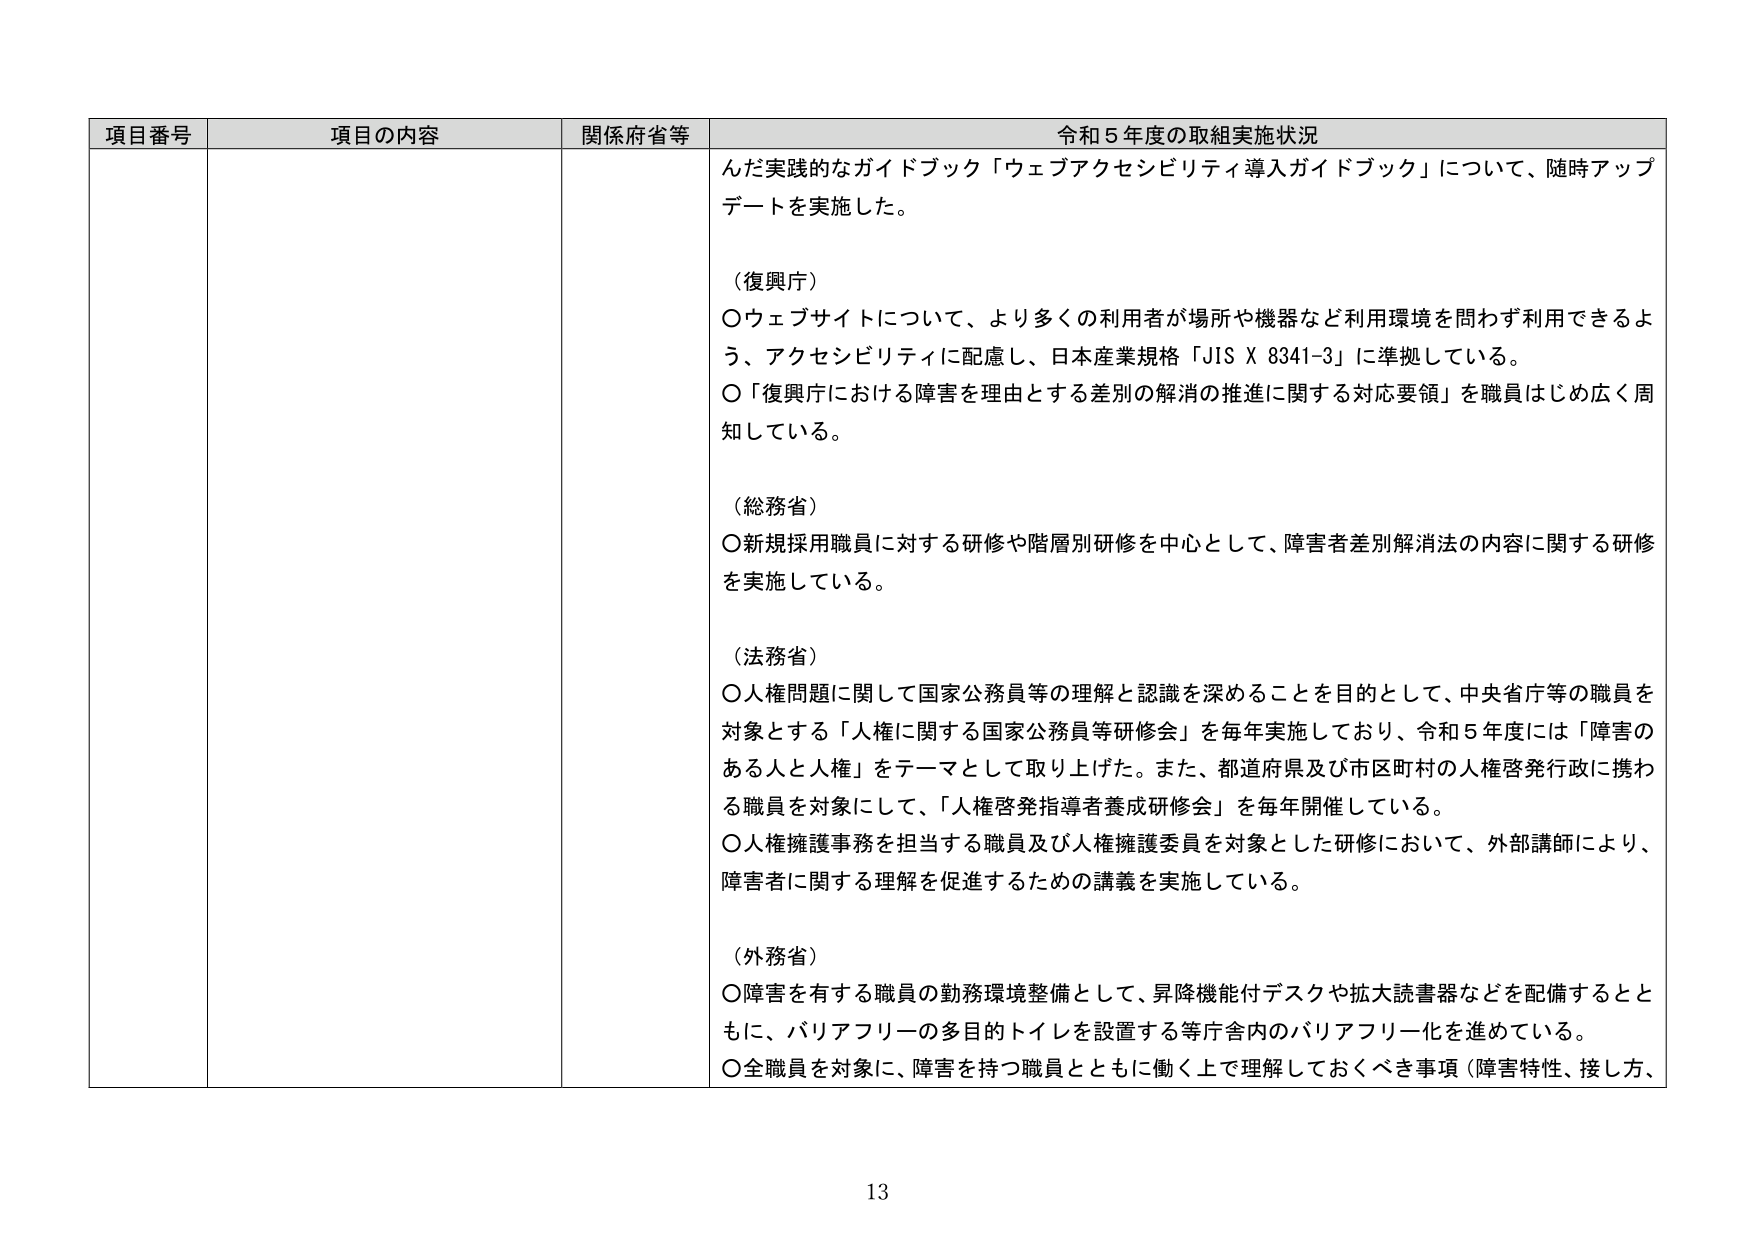
項目番号 項目の内容 関係府省等 令和５年度の取組実施状況
んだ実践的なガイドブック「ウェブアクセシビリティ導入ガイドブック」について、随時アップデートを実施した。
（復興庁）
〇ウェブサイトについて、より多くの利用者が場所や機器など利用環境を問わず利用できるよう、アクセシビリティに配慮し、日本産業規格「JIS X 8341-3」に準拠している。
〇「復興庁における障害を理由とする差別の解消の推進に関する対応要領」を職員はじめ広く周知している。
（総務省）
〇新規採用職員に対する研修や階層別研修を中心として、障害者差別解消法の内容に関する研修を実施している。
（法務省）
〇人権問題に関して国家公務員等の理解と認識を深めることを目的として、中央省庁等の職員を対象とする「人権に関する国家公務員等研修会」を毎年実施しており、令和５年度には「障害のある人と人権」をテーマとして取り上げた。また、都道府県及び市区町村の人権啓発行政に携わる職員を対象にして、「人権啓発指導者養成研修会」を毎年開催している。
〇人権擁護事務を担当する職員及び人権擁護委員を対象とした研修において、外部講師により、障害者に関する理解を促進するための講義を実施している。
（外務省）
〇障害を有する職員の勤務環境整備として、昇降機能付デスクや拡大読書器などを配備するとともに、バリアフリーの多目的トイレを設置する等庁舎内のバリアフリー化を進めている。
〇全職員を対象に、障害を持つ職員とともに働く上で理解しておくべき事項（障害特性、接し方、
13